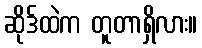
ဆိုဒ်ထဲက တူတာရှိလား။